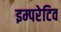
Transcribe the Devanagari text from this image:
इम्परेटिव